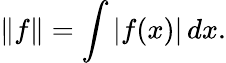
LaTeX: \left\| f\right\| =\int|f(x)|\, dx.